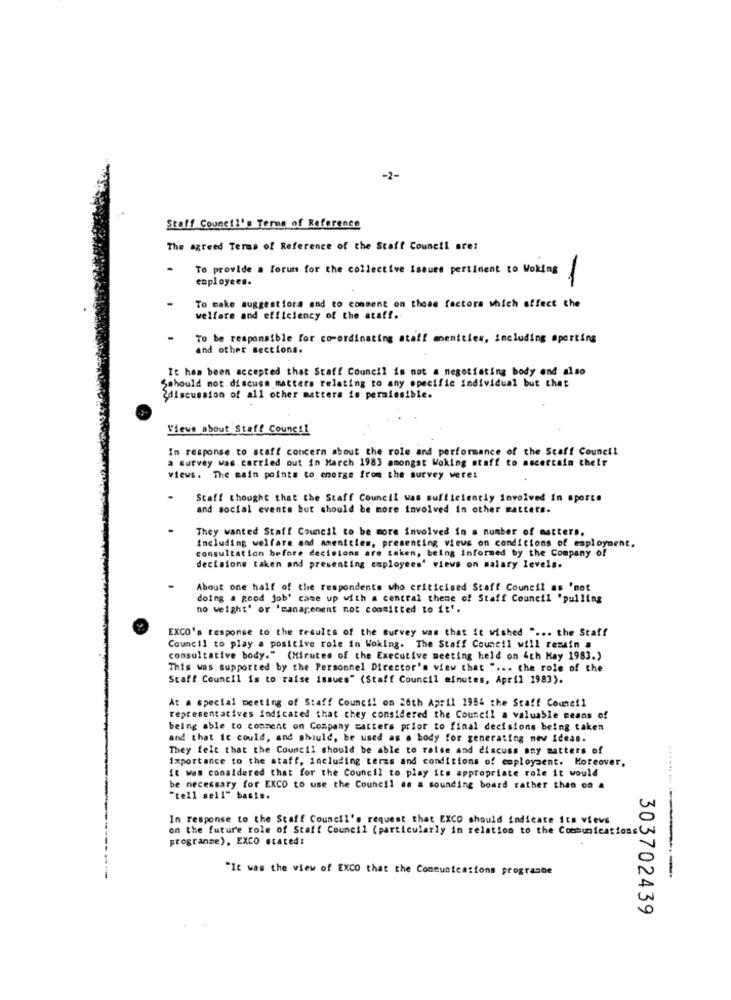
-2-
Staff Council's Terms of Reference
The agreed Terms of Reference of the Staff Council sre:
To provide a forum for the collective issues pertinent to Woking
employees.
-
To make suggestiors and to comment on those factors which affect the
welfare and efficiency of the staff.
To be responsible for co-ordinating staff mnenities, including sporting
and other sections.
It has been accepted that Staff Council is not a negotiating body and also
Sshould not.discuss matters relating to any specific individual but that
Zdiscussion of all other matters is permiesible.
Views about Staff Council
In response to staff concern about the role and performance of the Staff Council
a survey was carried out in March 1983 amongst Woking stoff to ascertain their
views. The main points to enorge from the survey were:
Staff thought that the Staff Council was sufficiently involved in sporco
and social evente but should be more involved in other matters.
They wanted Staff Council to be more involved in a number of matters.
Including welfare and amenities, presenting views on conditions of employment.
consultation before decisions are taken, being informed by the Company of
decisions taken and presenting employees' views on salary levels.
About one half of the respondents who criticised Staff Council as 'mot
doing a good job' came up with a central theme of Staff Council "pulling
no weight' or 'management not committed to it'.
EXCO's response to the results of the survey was that it wished " ... the Staff
Council to play a positive role in Woking. The Staff Council will remain a
consultative body." (Minutes of the Executive meeting held on 4th May 1983.)
This was supported by the Personnel Director's view that " ... the role of the
Staff Council is to raise issues" (Staff Council minutes, April 1983).
At a special meeting of Staff Council on 26th April 1984 the Staff Commeil
representatives indicated that they considered the Council a valuable means of
being able to comment on Company matters prior to final decisions being taken
and that it could, and should, be used as a body for generating mev ideas.
They felt that the Council should be able to raise and discuss any matters of
importance to the staff, including terms and conditions of employment. Moreover,
It was considered that for the Council to play its appropriate role it would
be necessary for EKCO to use the Council as a sounding board rather than on a
"tell sell" basis.
In response to the Staff Council's request that EXCO should indicate its views
on the future role of Staff Council (particularly in relation to the Communications
programme), EXCO stated:
"It was the view of EXCO that the Communications prograsoe
303702439